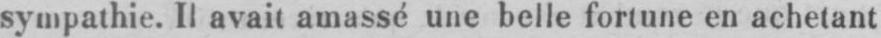
sympathie. Il avait amassé une belle fortune en achetant